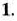
1.